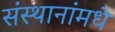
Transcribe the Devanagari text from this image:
संस्थानांमधे